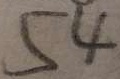
5 4